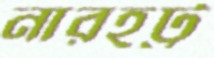
নারহট্ট